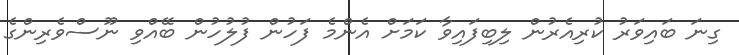
ގިނަ ބައިވަރު ކުރިއެރުން ލިބިފައިވާ ކަމަށް އެންމެ ފަހުން ފުލުހުން ބޭއްވި ނޫސްވެރިންގެ